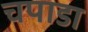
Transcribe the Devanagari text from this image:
चपाडा